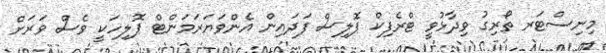
މިނިސްޓަރ ތޯރިގު ވިދާޅުވީ ޓްރެފިކް ޕޮލިސް ފަދައިން އެންވަޔަރަމަންޓް ޕޮލިހަކީ ވެސް ވަރަށް